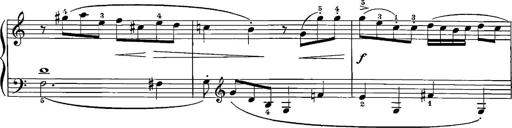
Title: 12 Sonatinas
Composer: Ignaz Pleyel